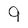
Character: 9